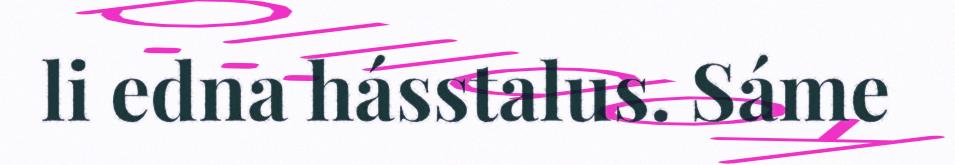
li edna hásstalus. Sáme